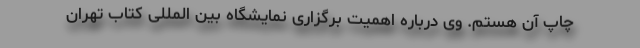
چاپ آن هستم. وی درباره اهمیت برگزاری نمایشگاه بین المللی کتاب تهران